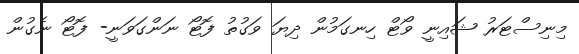
މިނިސްޓަރު ޝައިނީ ވޯޓް ހިނގަމުން ދިޔަ ވަގުތު ފޮޓޯ ނަންގަވަނީ- ފޮޓޯ ނެގުން